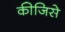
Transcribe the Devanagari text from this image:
कीजिसे